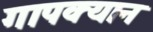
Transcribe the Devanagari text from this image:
गापक्यान